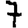
Digit: 7